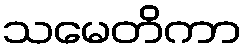
သမေတိကာ